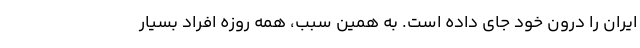
ایران را درون خود جای داده است. به همین سبب، همه روزه افراد بسیار